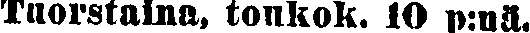
Tuorstaina, toukok. 19 p:nä.